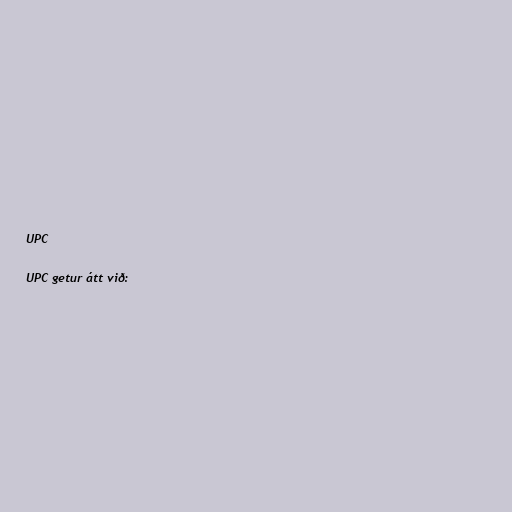
UPC

UPC getur átt við: